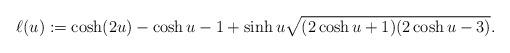
LaTeX: \begin{align*} \ell(u) := \cosh(2u)-\cosh{u}-1+\sinh{u}\sqrt{(2\cosh{u}+1)(2\cosh{u}-3)}.\end{align*}